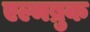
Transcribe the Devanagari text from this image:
एल्मब्रुक